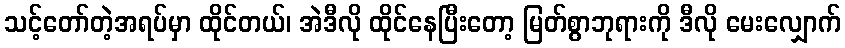
သင့်တော်တဲ့အရပ်မှာ ထိုင်တယ်၊ အဲဒီလို ထိုင်နေပြီးတော့ မြတ်စွာဘုရားကို ဒီလို မေးလျှောက်